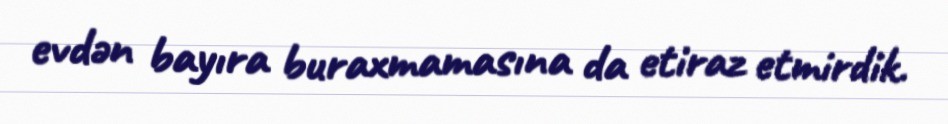
evdən bayıra buraxmamasına da etiraz etmirdik.